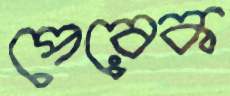
পেরেক